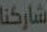
شاركنا